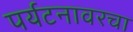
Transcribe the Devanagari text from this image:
पर्यटनावरचा